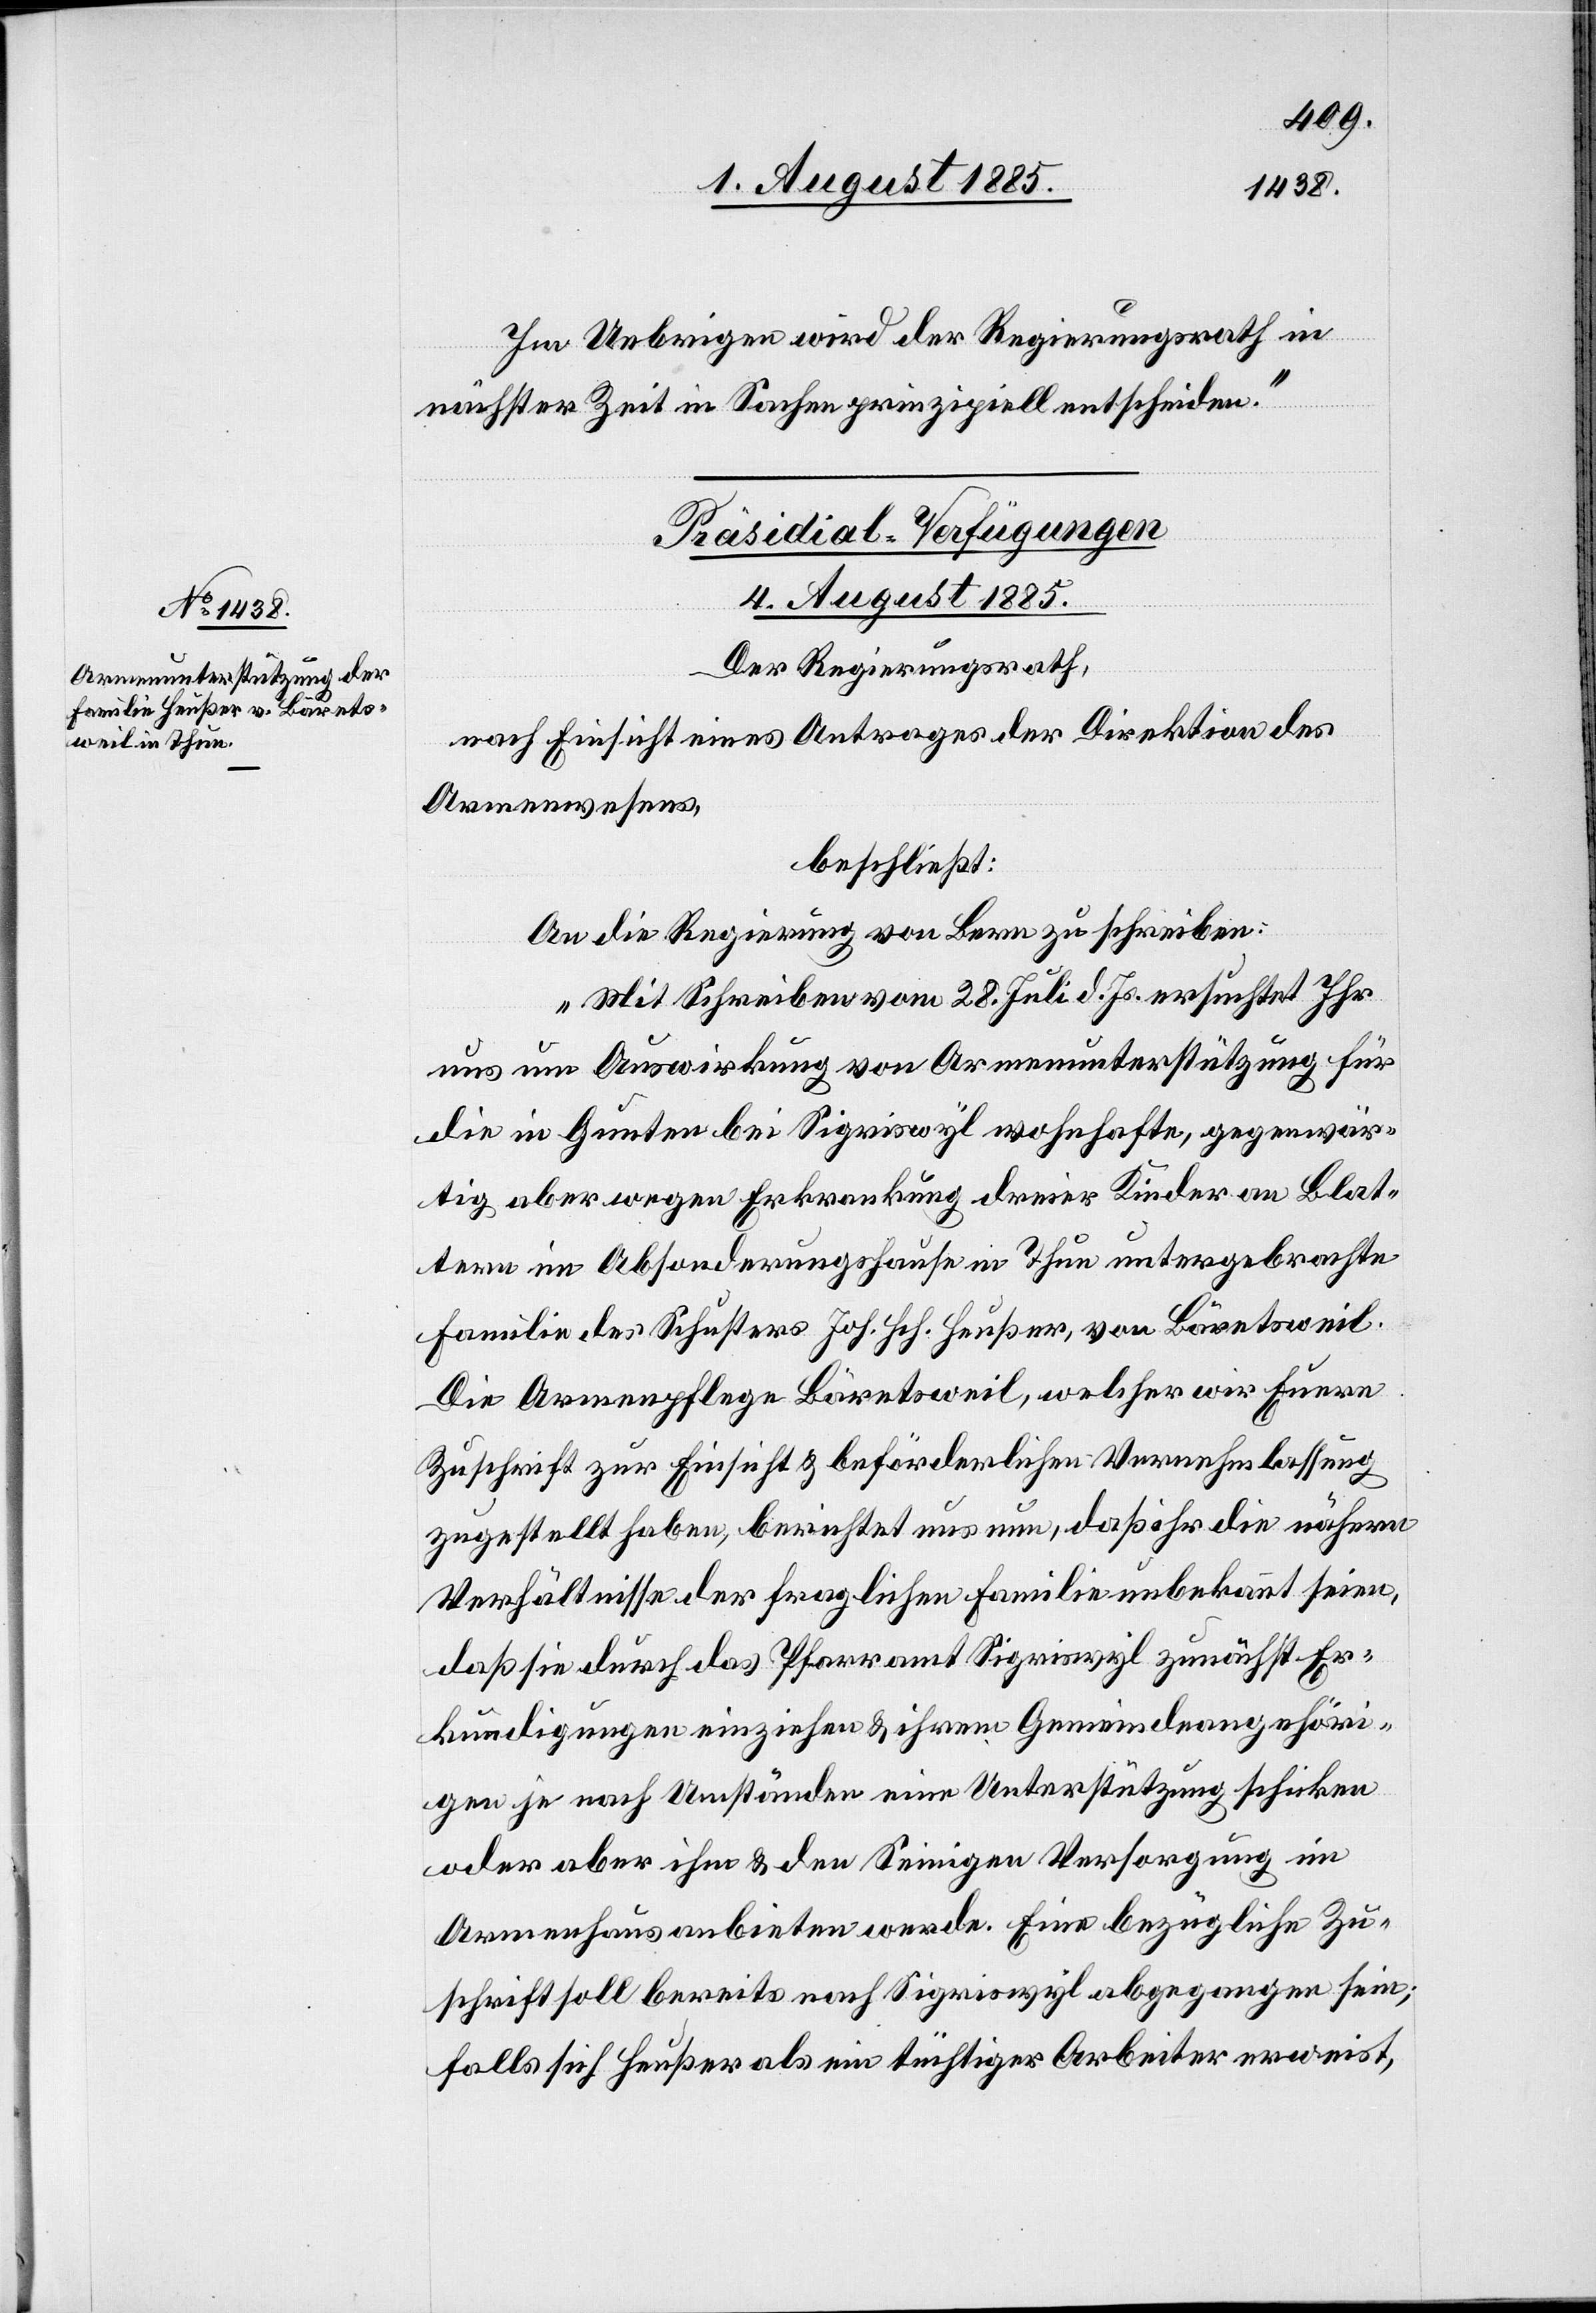
Im Uebrigen wird der Regierungsrath in
nächster Zeit in Sachen prinzipiell entscheiden.“
Präsidial-Verfügungen
4. August 1885.
Der Regierungsrath,
nach Einsicht eines Antrages der Direktion des
Armenwesens,
beschließt:
An die Regierung von Bern zu schreiben:
„Mit Schreiben vom 28. Juli d. Js. ersuchtet Ihr
uns um Auswirkung von Armenunterstützung für
die in Gunten bei Sigriswyl wohnhafte, gegenwär¬
tig aber wegen Erkrankung dreier Kinder an Blat¬
tern im Absonderungshause in Thun untergebrachte
Familie des Schusters Joh. Hch. Heußer, von Bäretsweil.
Die Armenpflege Bäretsweil, welcher wir Euere
Zuschrift zur Einsicht & beförderlichen Vernehmlassung
zugestellt haben, berichtet uns nun, daß ihr die nähern
Verhältnisse der fraglichen Familie unbekannt seien,
daß sie durch das Pfarramt Sigriswyl zunächst Er¬
kundigungen einziehen & ihrem Gemeindeangehöri¬
gen je nach Umständen eine Unterstützung schicken
oder aber ihm & den Seinigen Versorgung im
Armenhaus anbieten werde. Eine bezügliche Zu¬
schrift soll bereits nach Sigriswyl abgegangen sein;
falls sich Heußer als ein tüchtiger Arbeiter erweist,